Treatise on elephants
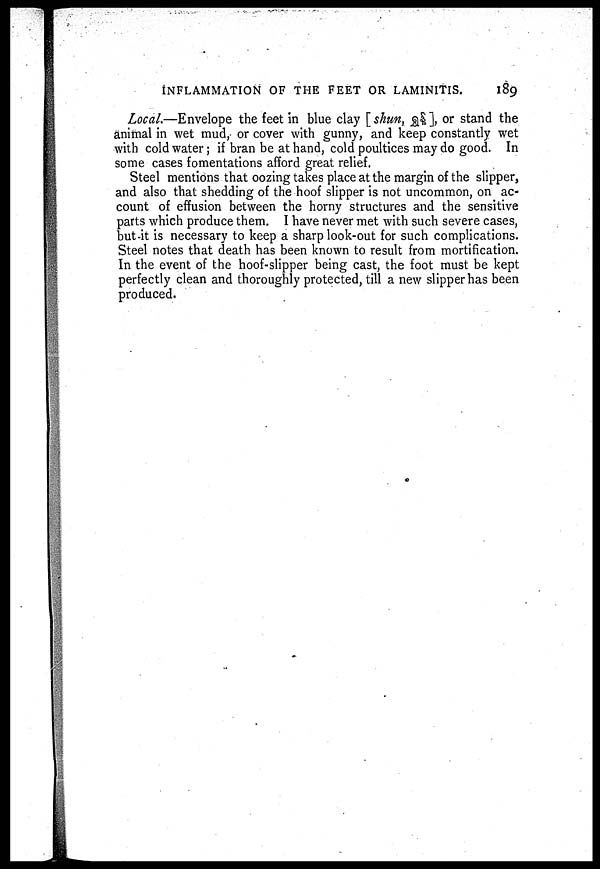
INFLAMMATION OF THE FEET OR LAMINITIS.
189
Local.—Envelope the feet in blue clay [shun, j§$], or stand the
animal in wet mud, or cover with gunny, and keep constantly wet
with cold water; if bran be at hand, cold poultices may do good. In
some cases fomentations afford great relief.
Steel mentions that oozing takes place at the margin of the slipper,
and also that shedding of the hoof slipper is not uncommon, on ac-
count of effusion between the horny structures and the sensitive
parts which produce them. I have never met with such severe cases,
but-it is necessary to keep a sharp look-out for such complications.
Steel notes that death has been known to result from mortification.
In the event of the hoof-slipper being cast, the foot must be kept
perfectly clean and thoroughly protected, till a new slipper has been
produced.